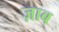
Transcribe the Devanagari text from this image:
ज़ाब